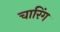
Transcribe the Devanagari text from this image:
चारिंग